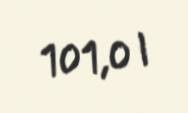
101,0 l